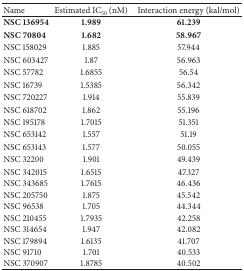
<table><thead><tr><td><b>Name</b></td><td><b>Estimated IC<sub>50 </sub>(nM)</b></td><td><b>Interaction energy (kal/mol)</b></td></tr></thead><tbody><tr><td><b>NSC 136954</b></td><td><b>1.989</b></td><td><b>61.239</b></td></tr><tr><td><b>NSC 70804</b></td><td><b>1.682</b></td><td><b>58.967</b></td></tr><tr><td>NSC 158029</td><td>1.885</td><td>57.944</td></tr><tr><td>NSC 603427</td><td>1.87</td><td>56.963</td></tr><tr><td>NSC 57782</td><td>1.6855</td><td>56.54</td></tr><tr><td>NSC 16739</td><td>1.5385</td><td>56.342</td></tr><tr><td>NSC 720227</td><td>1.914</td><td>55.839</td></tr><tr><td>NSC 618702</td><td>1.862</td><td>55.196</td></tr><tr><td>NSC 195178</td><td>1.7015</td><td>51.351</td></tr><tr><td>NSC 653142</td><td>1.557</td><td>51.19</td></tr><tr><td>NSC 653143</td><td>1.577</td><td>50.055</td></tr><tr><td>NSC 32200</td><td>1.901</td><td>49.439</td></tr><tr><td>NSC 342015</td><td>1.6515</td><td>47.327</td></tr><tr><td>NSC 343685</td><td>1.7615</td><td>46.436</td></tr><tr><td>NSC 205750</td><td>1.875</td><td>45.542</td></tr><tr><td>NSC 96538</td><td>1.705</td><td>44.344</td></tr><tr><td>NSC 210455</td><td>1.7935</td><td>42.258</td></tr><tr><td>NSC 314654</td><td>1.947</td><td>42.082</td></tr><tr><td>NSC 179894</td><td>1.6135</td><td>41.707</td></tr><tr><td>NSC 91710</td><td>1.701</td><td>40.533</td></tr><tr><td>NSC 370907</td><td>1.8785</td><td>40.502</td></tr></tbody></table>